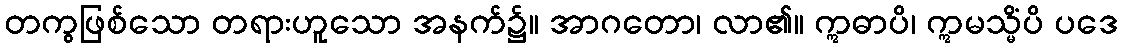
တကွဖြစ်သော တရားဟူသော အနက်၌။ အာဂတော၊ လာ၏။ ဣဓာပိ၊ ဣမသ္မိံပိ ပဒေ